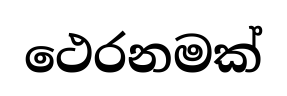
ථෙරනමක්